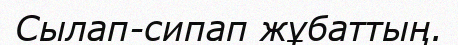
Сылап-сипап жұбаттың.